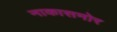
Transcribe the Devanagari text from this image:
नाकासमोर